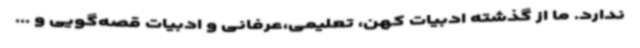
ندارد. ما از گذشته ادبیات کهن، تعلیمی،عرفانی و ادبیات قصه‌گویی و ...